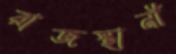
রাজস্থানী